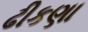
ઢીકણા